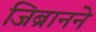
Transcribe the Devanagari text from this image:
जिब्रानने